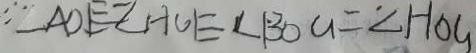
\therefore \angle A D E \angle H O E \angle B O Q = \angle H O G